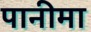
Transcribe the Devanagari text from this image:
पानीमा